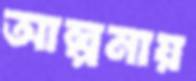
আল্পনায়